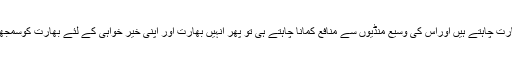
اگریہ ممالک بھارت کے ساتھ وسیع پیمانے پر تجارت چاہتے ہیں اوراس کی وسیع منڈیوں سے منافع کمانا چاہتے ہی تو پھر انہیں بھارت اور اپنی خیر خواہی کے لئے بھارت کوسمجھانا ہو گا کہ وہ خطے کے امن کو داؤ پر نہ لگائے۔